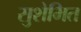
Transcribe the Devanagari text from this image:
सुशेभित